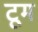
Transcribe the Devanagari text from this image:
टूम